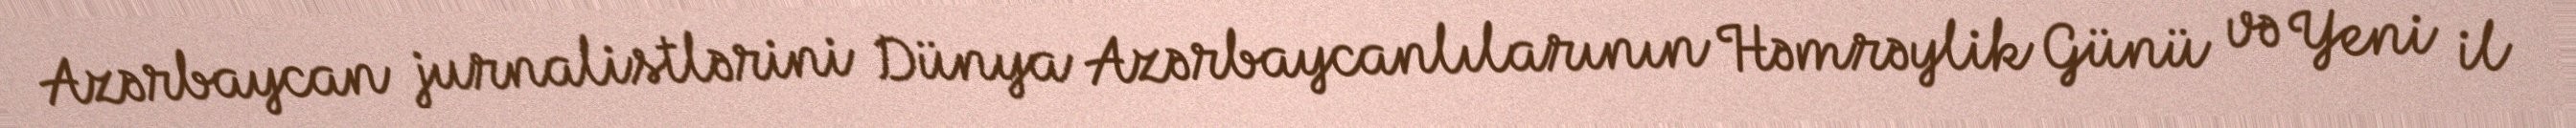
Azərbaycan jurnalistlərini Dünya Azərbaycanlılarının Həmrəylik Günü və Yeni il